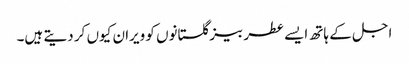
اجل کے ہاتھ ایسے عطر بیز گلستانوں کو ویران کیوں کر دیتے ہیں۔